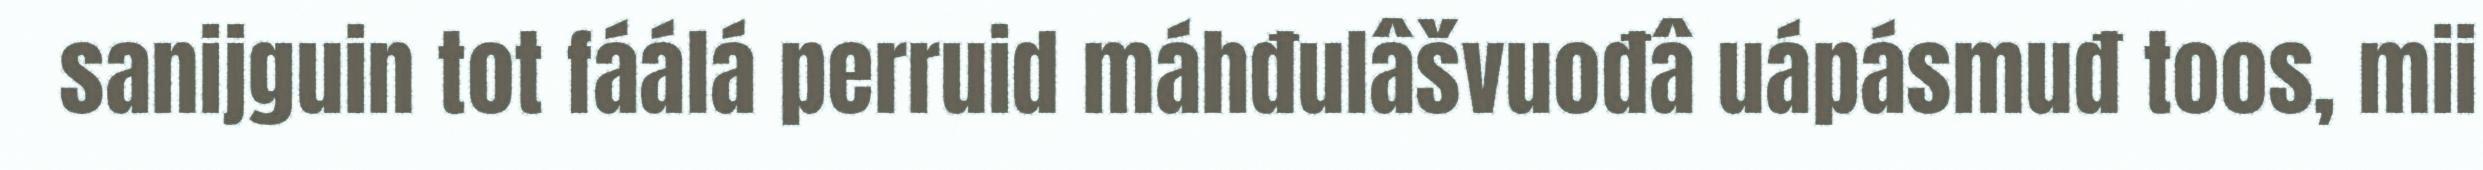
sanijguin tot fáálá perruid máhđulâšvuođâ uápásmuđ toos, mii